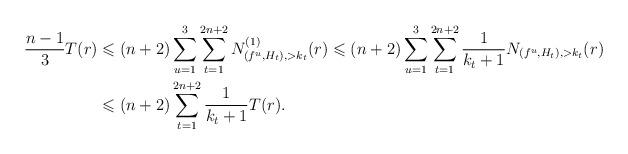
LaTeX: \begin{align*}\dfrac{n-1}{3}T(r)&\leqslant (n+2)\sum_{u=1}^3\sum_{t=1}^{2n+2}N^{(1)}_{(f^u,H_t),>k_t}(r)\leqslant (n+2)\sum_{u=1}^3\sum_{t=1}^{2n+2}\dfrac{1}{k_t+1}N_{(f^u,H_t),>k_t}(r)\\&\leqslant (n+2)\sum_{t=1}^{2n+2}\dfrac{1}{k_t+1}T(r). \end{align*}